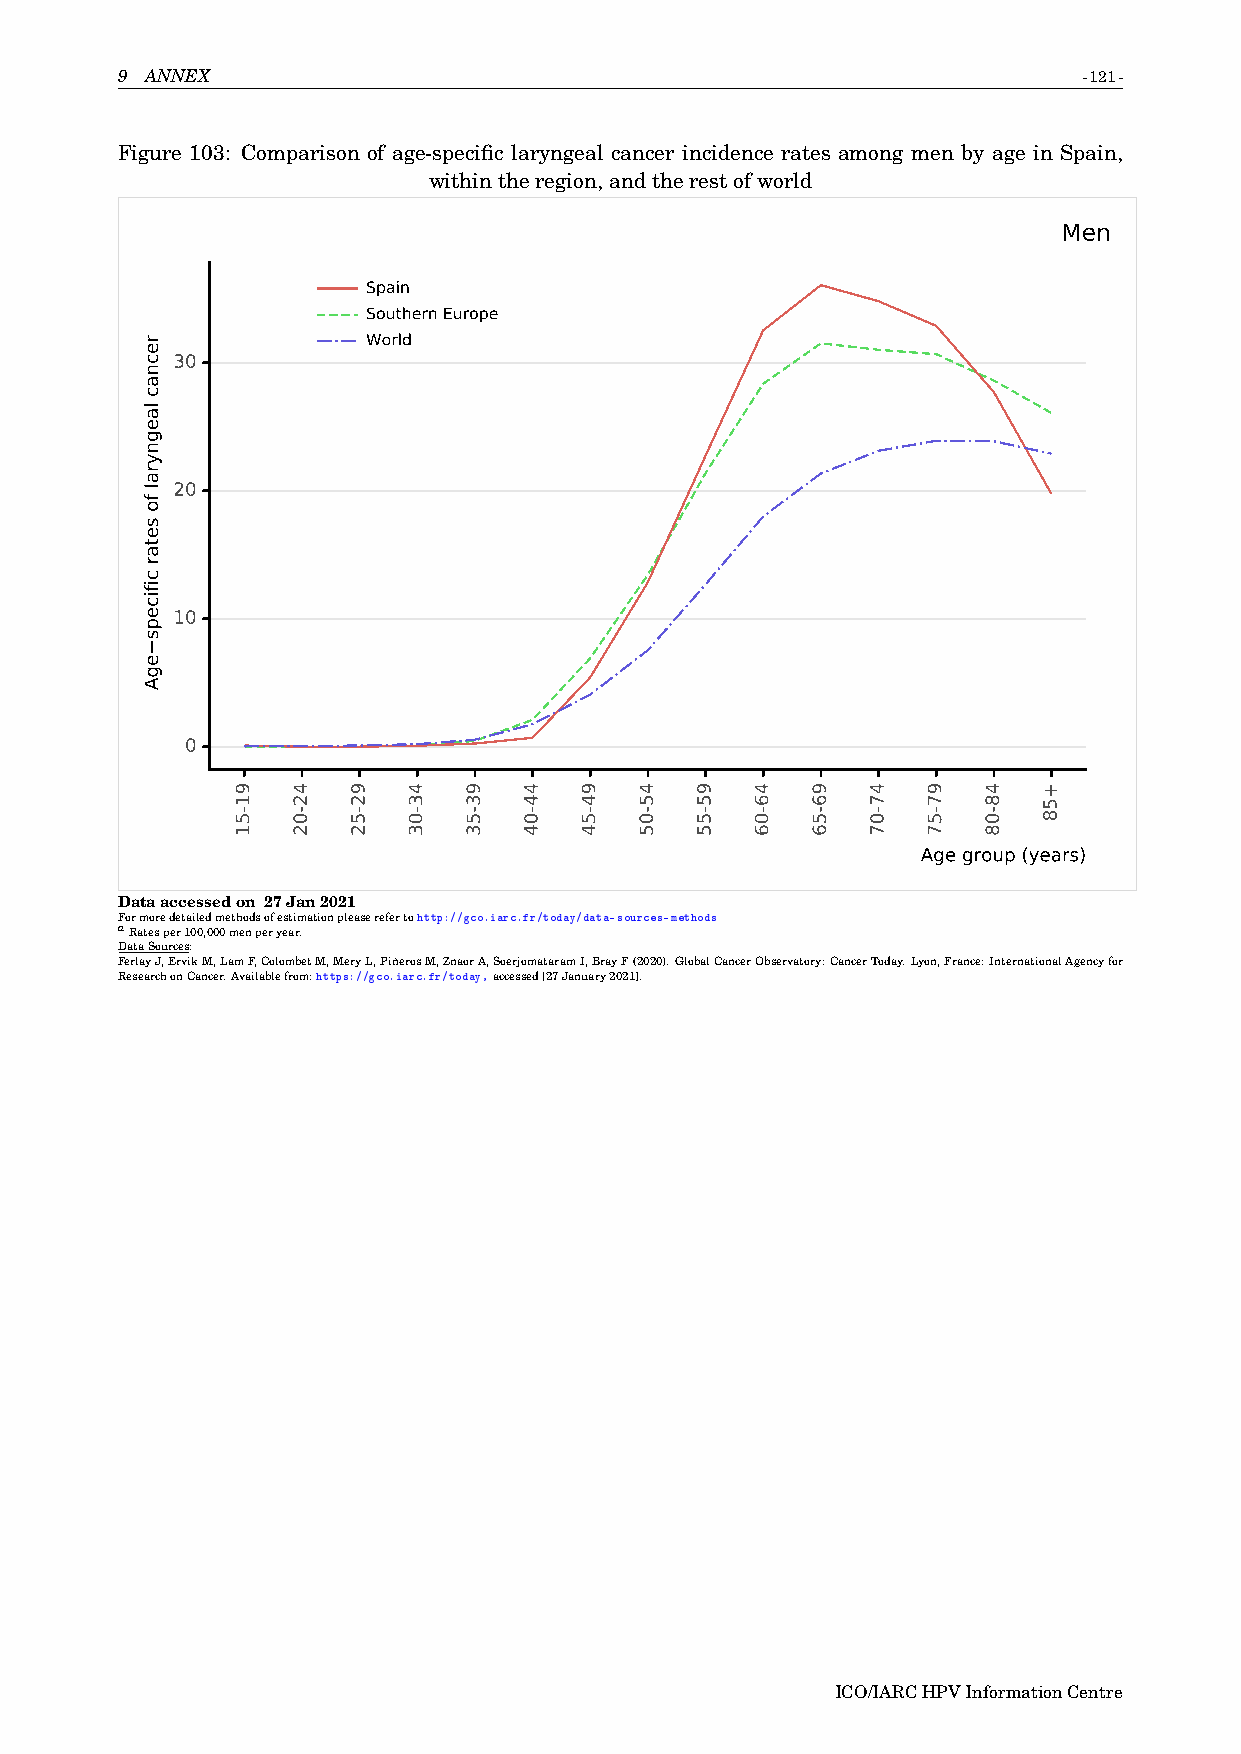
9 ANNEX                                                         -121-
 Figure 103: Comparison of age-specific laryngeal cancer incidence rates among men by age in Spain,
 withintheregion,andtherestofworld
 Men
 Spain
 Southern Europe
 World
 30
 20
 10
 0
 Age group (years)
 Dataaccessedon 27Jan2021
 Formoredetailedmethodsofestimationpleaserefertohttp://gco.iarc.fr/today/data-sources-methods
 aRatesper100,000menperyear.
 DataSources:
 FerlayJ,ErvikM,LamF,ColombetM,MeryL,PiñerosM,ZnaorA,SoerjomataramI,BrayF(2020).GlobalCancerObservatory:CancerToday.Lyon,France:InternationalAgencyfor
 ResearchonCancer.Availablefrom:https://gco.iarc.fr/today,accessed[27January2021].
 ICO/IARCHPVInformationCentre
 recnac
 laegnyral
 fo
 setar
 cificeps
 egA
 91-51 42-02 92-52 43-03 93-53 44-04 94-54 45-05 95-55 46-06 96-56 47-07 97-57 48-08 +58